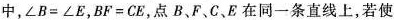
中,∠B=∠E,BF=CE,点B、F、C、E在同一条直线上,若使